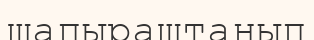
шапыраштанып